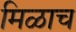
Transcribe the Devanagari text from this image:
मिळाच